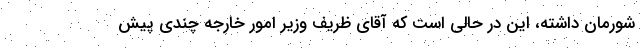
شورمان داشته، این در حالی است که آقای ظریف وزیر امور خارجه چندی پیش